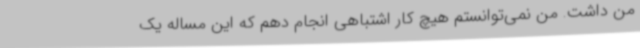
من داشت. من نمی‌توانستم هیچ کار اشتباهی انجام دهم که این مساله یک